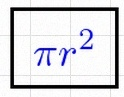
\pi r^2